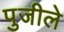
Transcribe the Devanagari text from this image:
पुजीले